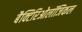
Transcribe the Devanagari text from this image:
बैक्टिरिओलॉजिकल